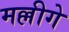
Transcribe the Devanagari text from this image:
मल्लीगे